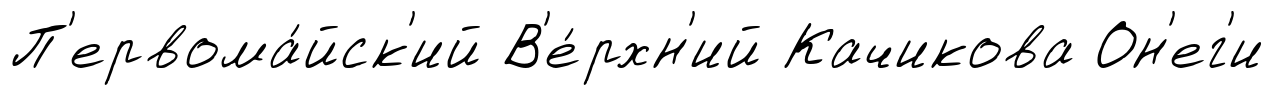
П'ервома́йск'ий В'е́рхн'ий Качикова Он'ег'и